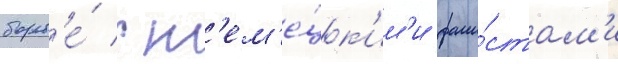
борьб'е́ с н'ем'е́цк'им'и фаши́стам'и